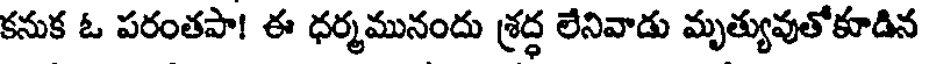
కనుక ఓ పరంతపా! ఈ ధర్మమునందు శ్రద్ధ లేనివాడు మృత్యువుతోకూడిన